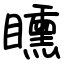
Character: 矄